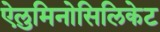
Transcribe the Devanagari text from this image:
ऐलुमिनोसिलिकेट